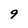
Character: 9